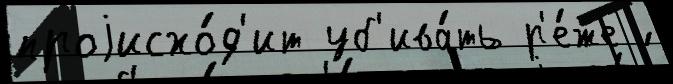
проjисхо́д'ит уб'ива́ть р'е́же ́